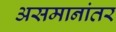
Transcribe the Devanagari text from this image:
असमानांतर